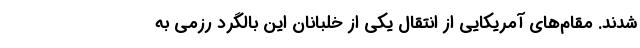
شدند. مقام‌های آمریکایی از انتقال یکی از خلبانان این بالگرد رزمی به